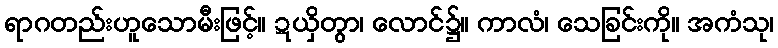
ရာဂတည်းဟူသောမီးဖြင့်။ ဍယှိတွာ၊ လောင်၌။ ကာလံ၊ သေခြင်းကို။ အကံသု၊